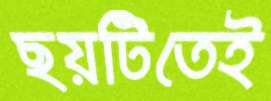
ছয়টিতেই